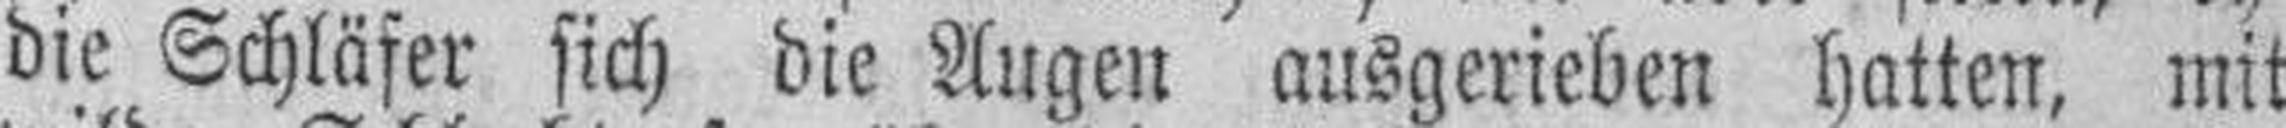
die Schläfer sich die Augen ausgerieben hatten, mit